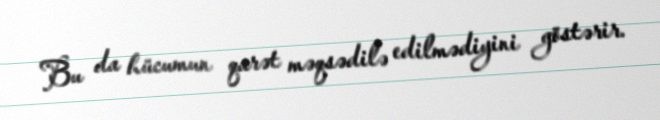
Bu da hücumun qarət məqsədilə edilmədiyini göstərir.